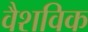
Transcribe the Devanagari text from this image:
वैशविक